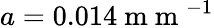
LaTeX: a=0.014\mathrm{~m~m~}^{-1}